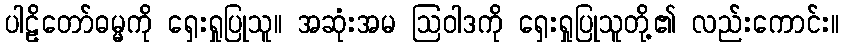
ပါဠိတော်ဓမ္မကို ရှေးရှုပြုသူ။ အဆုံးအမ ဩဝါဒကို ရှေးရှုပြုသူတို့၏ လည်းကောင်း။